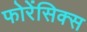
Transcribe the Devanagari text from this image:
फोरेंसिक्स